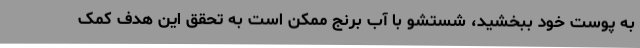
به پوست خود ببخشید، شستشو با آب برنج ممکن است به تحقق این هدف کمک